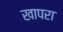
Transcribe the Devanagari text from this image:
खापरा